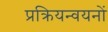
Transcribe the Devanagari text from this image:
प्रक्रियन्वयनों